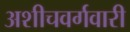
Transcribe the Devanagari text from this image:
अशीचवर्गवारी